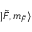
\lvert \Tilde { F } , m _ { \Tilde { F } } \rangle